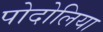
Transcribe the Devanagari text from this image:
पोदोलिया